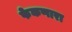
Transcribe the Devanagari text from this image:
फेकणारा